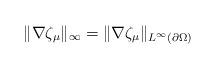
LaTeX: \begin{align*} \|\nabla\zeta_\mu\|_\infty=\|\nabla\zeta_\mu\|_{L^\infty(\partial\Omega)}\end{align*}